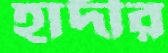
হাদীর